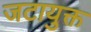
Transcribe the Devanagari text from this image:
जटायुक्त